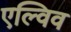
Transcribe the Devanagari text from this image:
एल्विव